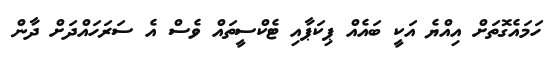
ހަމައެގޮތަށް އިއްޔެ އަކީ ބައެއް ޕިކަޕާއި ޓެކްސީތައް ވެސް އެ ސަރަހައްދަށް ދާން